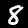
Label: 8